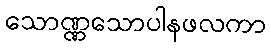
သောဏ္ဏသောပါနဖလကာ